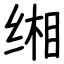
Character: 缃